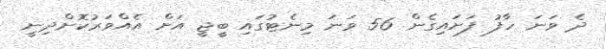
ދެ ވަނަ ހާފު ފަށައިގެން 56 ވަނަ މިނެޓުގައި ބީޖީ އަށް އެއްވަރުކޮށްދިނީ